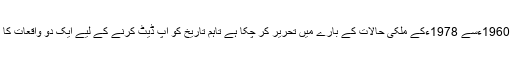
اگرچہ سابقہ کالم میں راقم 1960ءسے 1978ءکے ملکی حالات کے بارے میں تحریر کر چکا ہے تاہم تاریخ کو اپ ڈیٹ کرنے کے لیے ایک دو واقعات کا بیان کر دینا ضروری ہے۔